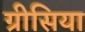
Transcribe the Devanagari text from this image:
ग्रीसिया